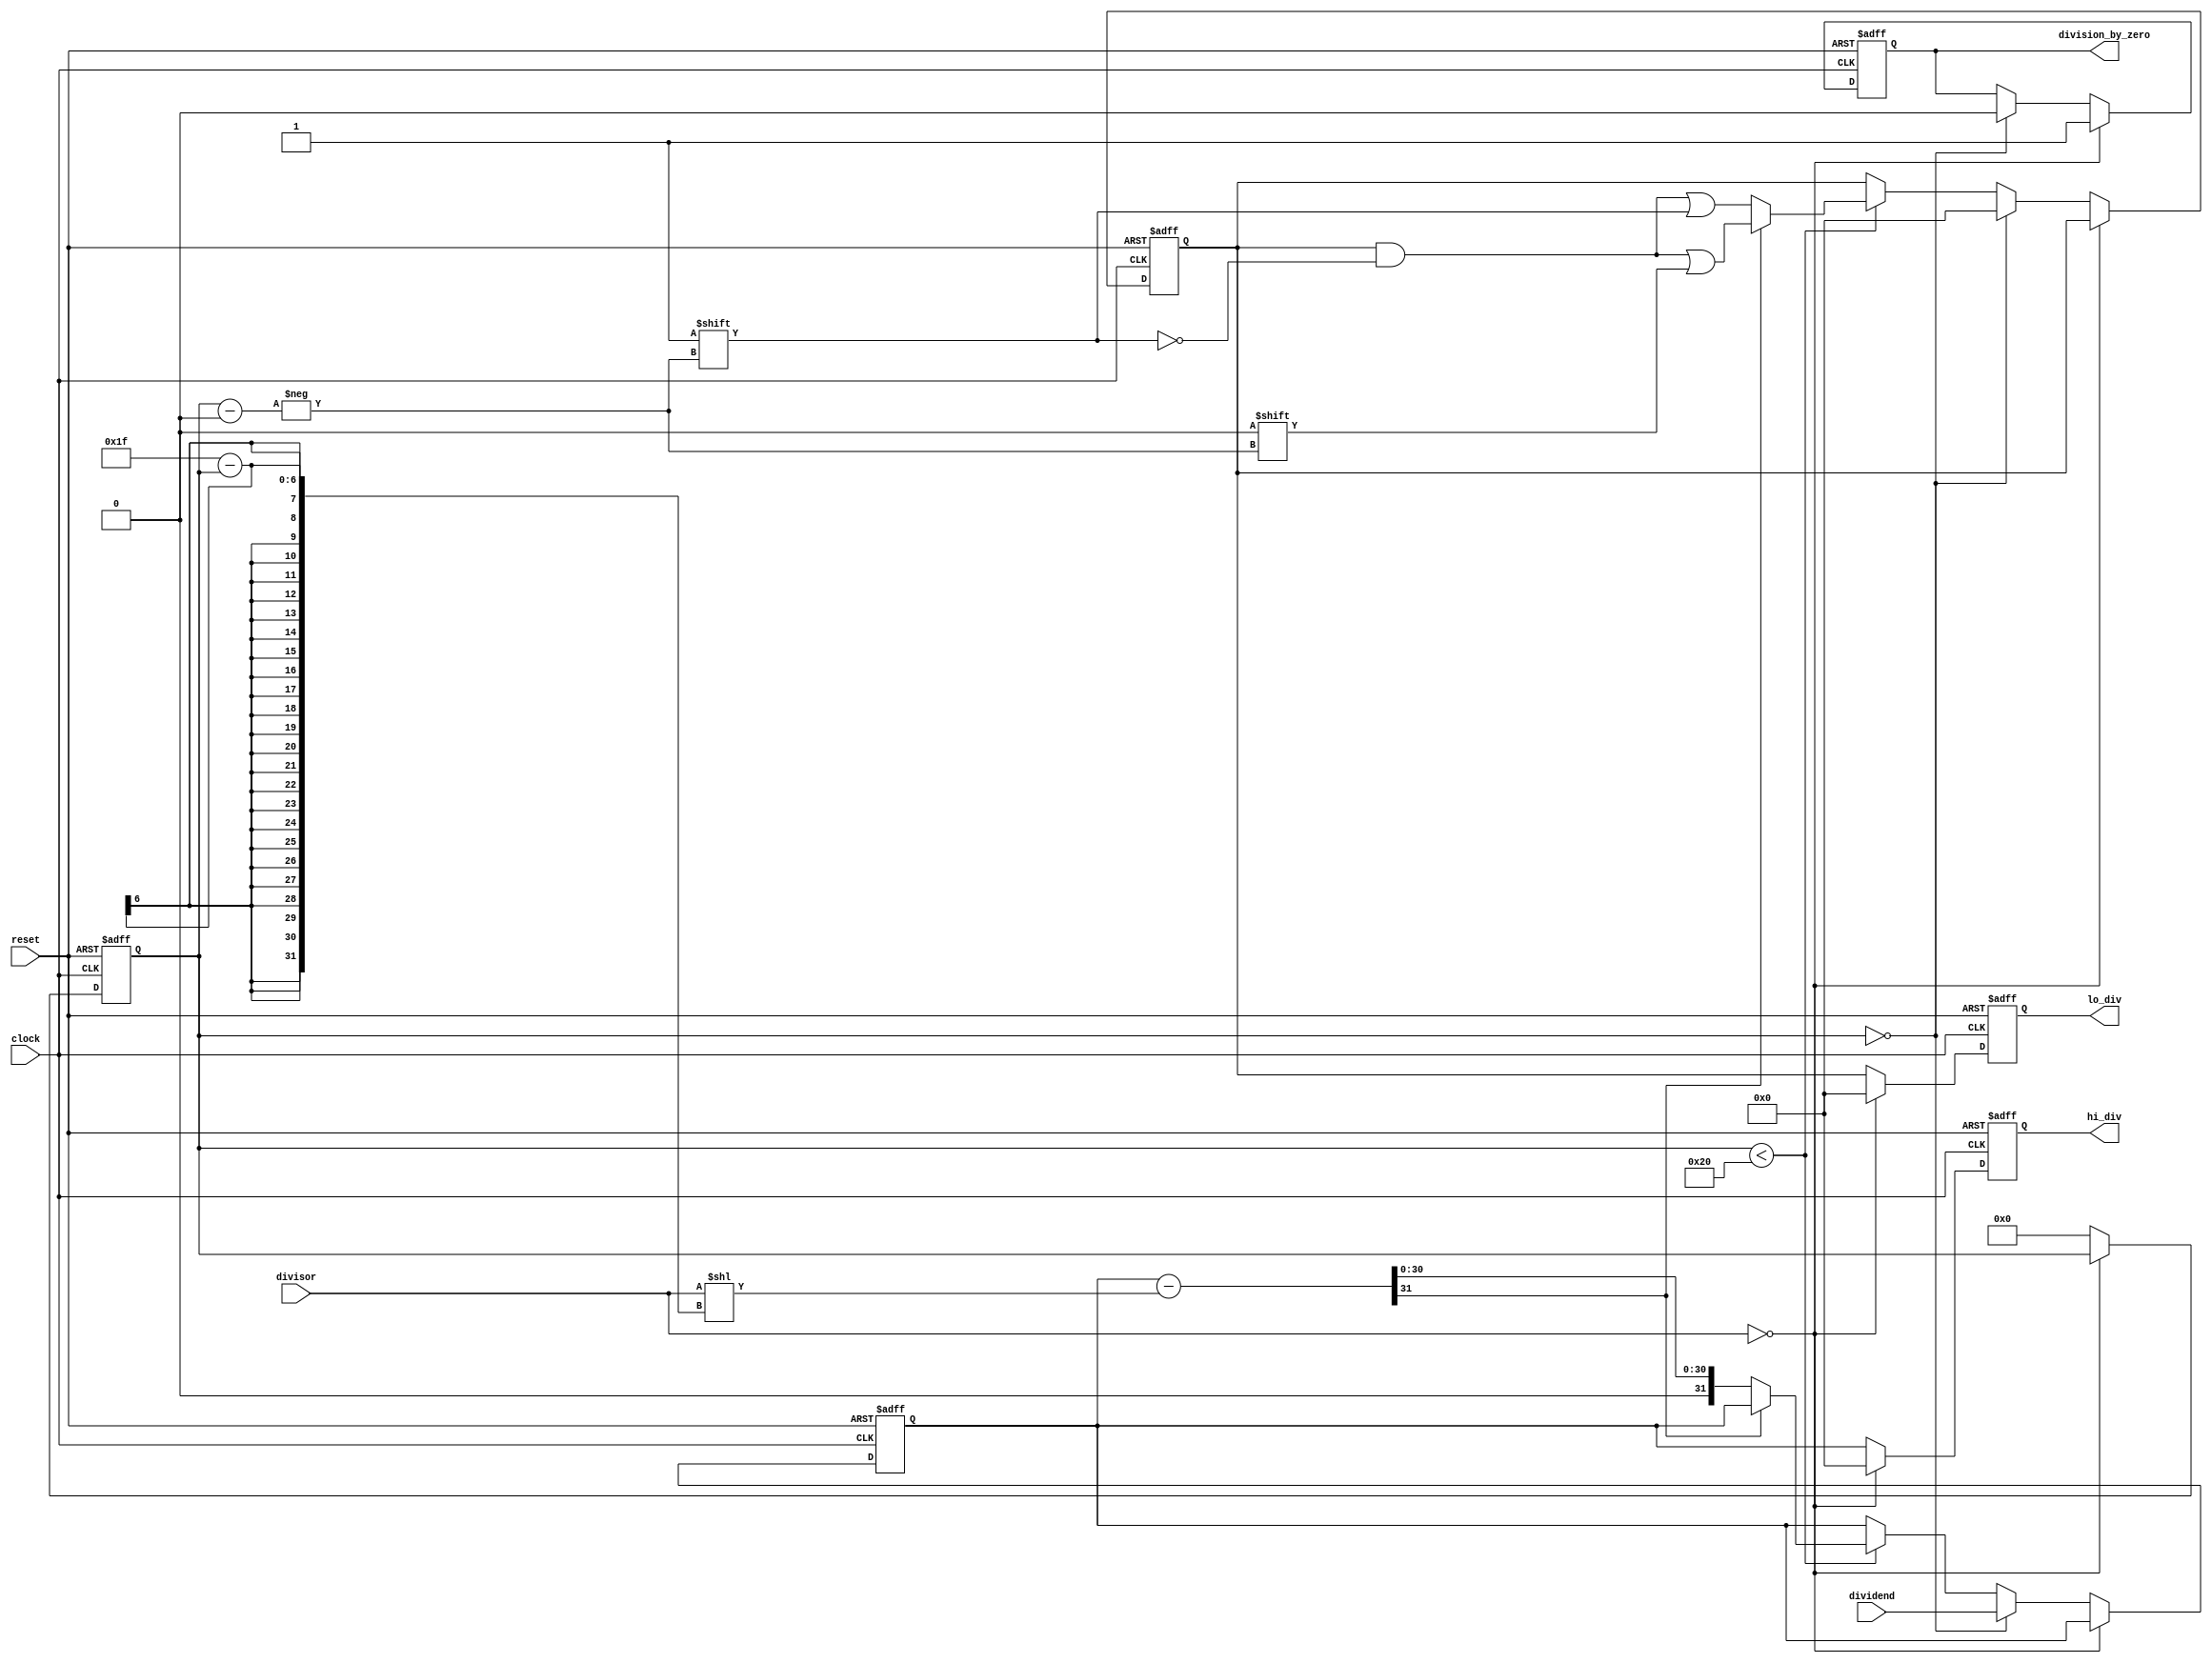
module div (
    input wire clock,
    input wire reset,
    input wire [31:0] dividend,
    input wire [31:0] divisor,
    output reg [31:0] hi_div,
    output reg [31:0] lo_div,
    output reg division_by_zero
);

reg [31:0] remainder;
reg [31:0] quotient;
reg [31:0] temp;
reg [5:0] counter;

always @(posedge clock or posedge reset) begin
    if (reset) begin
        hi_div <= 32'b0;
        lo_div <= 32'b0;
        remainder <= 32'b0;
        quotient <= 32'b0;
        division_by_zero <= 1'b0;
        counter <= 6'b0;
    end
    else begin
        if (divisor == 32'b0) begin
            hi_div <= 32'b0;
            lo_div <= 32'b0;
            division_by_zero <= 1'b1;
        end
        else begin

            if (counter == 0) begin
                remainder <= dividend;
                quotient <= 32'b0;
                division_by_zero <= 1'b0;
            end

            else if (counter < 32) begin
                temp = {remainder[31], remainder} - (divisor << (31 - counter));
                
                if (temp[31] == 0) begin
                    remainder <= temp;
                    quotient[counter] <= 1'b1;
                end
                else begin
                    quotient[counter] <= 1'b0;
                end
                counter <= counter + 1;
            end
            
            hi_div <= remainder;
            lo_div <= quotient;
            counter <= 6'b0;

        end
    end
end

endmodule